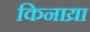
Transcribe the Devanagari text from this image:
किनाय्रा